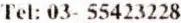
TEL: 03- 55423228